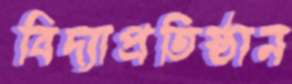
বিদ্যাপ্রতিষ্ঠান